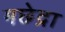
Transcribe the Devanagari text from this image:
मछेद्रा